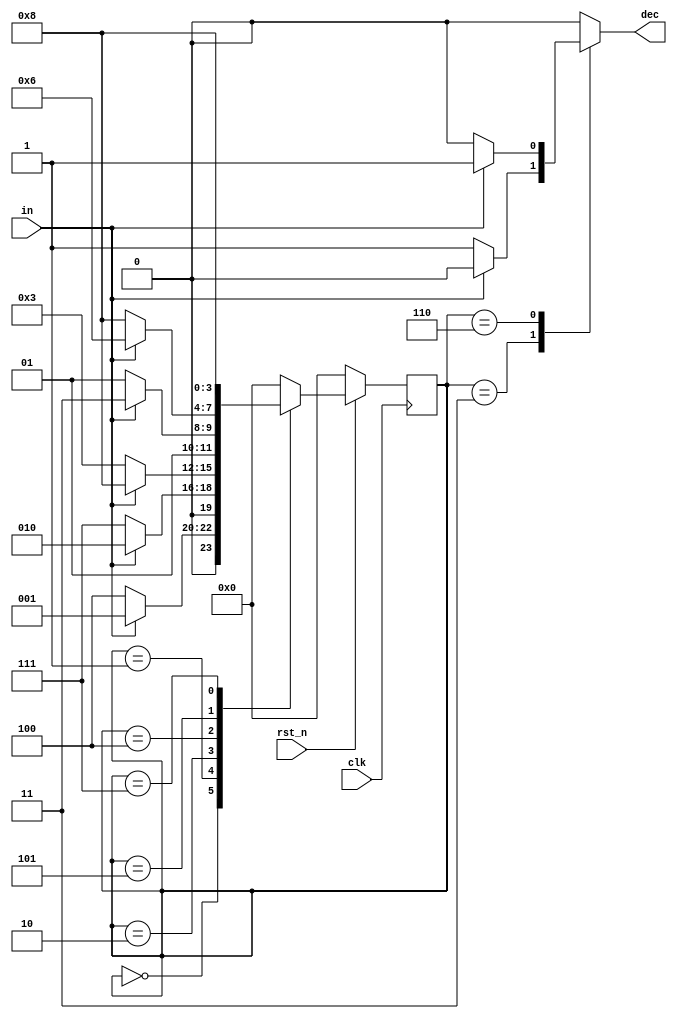
`timescale 1ns/1ps

module Mealy_Sequence_Detector (clk, rst_n, in, dec);
input clk, rst_n;
input in;
output dec;

parameter S0  = 4'd0;
parameter SA1 = 4'd1;
parameter SA2 = 4'd2;
parameter SA3 = 4'd3;
parameter SB1 = 4'd4;
parameter SB2 = 4'd5;
parameter SB3 = 4'd6;
parameter W2  = 4'd7;
parameter W3  = 4'd8;

reg [4-1:0] state, next_state;
reg dout;

always @(posedge clk) begin
	if (!rst_n)
		state <= S0;
	else
		state <= next_state;
end

always @(*) begin
	case (state)
		S0     : next_state = (in == 1'b1 ? SA1 : SB1);
		SA1    : next_state = (in == 1'b1 ? SA2 : W2);
		SA2    : next_state = (in == 1'b0 ? SA3 : W3);
		SA3    : next_state = S0;
		SB1    : next_state = (in == 1'b0 ? SB2 : W2);
		SB2    : next_state = (in == 1'b1 ? SB3 : W3);
		W2     : next_state = W3;
		W3     : next_state = S0; 
		default: next_state = S0;
	endcase
end

always @(*) begin
	case (state)
		SA3    : dout = (in == 1'b0 ? 1'b1 : 1'b0);
		SB3    : dout = (in == 1'b1 ? 1'b1 : 1'b0);
		default: dout = 1'b0;
	endcase
end

assign dec = dout;

endmodule